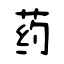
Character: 药